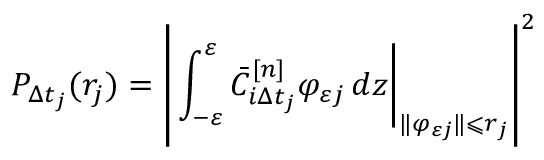
P _ { \Delta t _ { j } } ( r _ { j } ) = \left| \left. \int _ { - \varepsilon } ^ { \varepsilon } \bar { C } _ { i \Delta t _ { j } } ^ { [ n ] } \varphi _ { \varepsilon j } \mathop { } \! { d { z } } \right| _ { \| \varphi _ { \varepsilon j } \| \leqslant r _ { j } } \right| ^ { 2 }